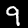
Digit: 9